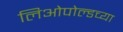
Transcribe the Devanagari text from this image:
लिओपोल्डच्या